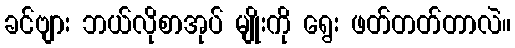
ခင်ဗျား ဘယ်လိုစာအုပ် မျိုးကို ရွေး ဖတ်တတ်တာလဲ။